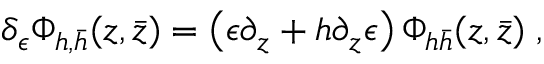
\delta _ { \epsilon } \Phi _ { h , \bar { h } } ( z , \bar { z } ) = \left( \epsilon \partial _ { z } + h \partial _ { z } \epsilon \right) \Phi _ { h \bar { h } } ( z , \bar { z } ) \; ,